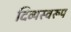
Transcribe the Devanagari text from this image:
दिव्यस्वरूप